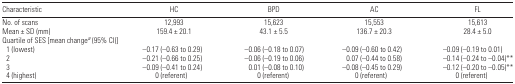
<table><thead><tr><td><b>Characteristic</b></td><td><b>HC</b></td><td><b>BPD</b></td><td><b>AC</b></td><td><b>FL</b></td></tr></thead><tbody><tr><td>No. of scans</td><td>12,993</td><td>15,623</td><td>15,553</td><td>15,613</td></tr><tr><td>Mean ± SD (mm)</td><td>159.4 ± 20.1</td><td>43.1 ± 5.5</td><td>136.7 ± 20.3</td><td>28.4 ± 5.0</td></tr><tr><td colspan="5">Quartile of SES [mean changea (95% CI)]</td></tr><tr><td> 1 (lowest)</td><td>−0.17 (−0.63 to 0.29)</td><td>−0.06 (−0.18 to 0.07)</td><td>−0.09 (−0.60 to 0.42)</td><td>−0.09 (−0.19 to 0.01)</td></tr><tr><td> 2</td><td>−0.21 (−0.66 to 0.25)</td><td>−0.06 (−0.19 to 0.06)</td><td>0.07 (−0.44 to 0.58)</td><td>−0.14 (−0.24 to −0.04)**</td></tr><tr><td> 3</td><td>−0.09 (−0.41 to 0.24)</td><td>0.01 (−0.08 to 0.10)</td><td>−0.08 (−0.45 to 0.29)</td><td>−0.12 (−0.20 to −0.05)**</td></tr><tr><td> 4 (highest)</td><td>0 (referent)</td><td>0 (referent)</td><td>0 (referent)</td><td>0 (referent)</td></tr></tbody></table>